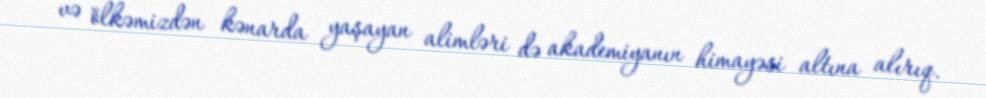
və ölkəmizdən kənarda yaşayan alimləri də akademiyanın himayəsi altına alırıq.